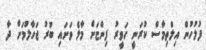
ފުލުހުން އިލްތިމާސް ކުރަނީ ހަވީރު ފިންޏަށް މާލެ ވަށައި ބުރު ޖަހާލުމަށް ދާ